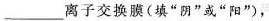
___离子交换膜(填”阴”或”阳”)，